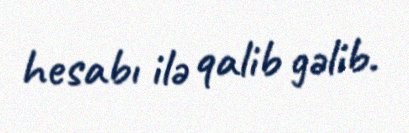
hesabı ilə qalib gəlib.